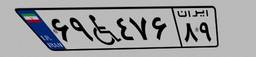
۲۵W۴۴۹۳۷